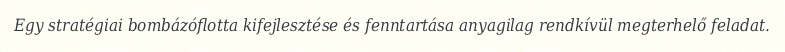
Egy stratégiai bombázóflotta kifejlesztése és fenntartása anyagilag rendkívül megterhelő feladat.